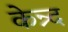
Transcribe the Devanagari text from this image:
केन्र्द